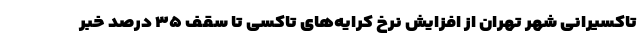
تاکسیرانی شهر تهران از افزایش نرخ کرایه‌های تاکسی تا سقف ۳۵ درصد خبر